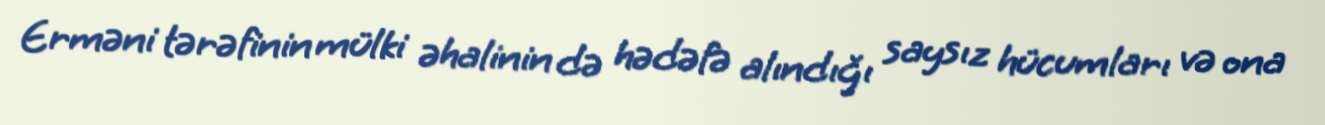
Erməni tərəfinin mülki əhalinin də hədəfə alındığı saysız hücumları və ona